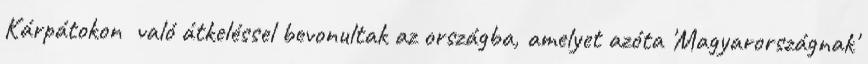
Kárpátokon való átkeléssel bevonultak az országba, amelyet azóta 'Magyarországnak'